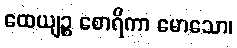
ထေယျဉ္စ စောရိကာ မောသော၊